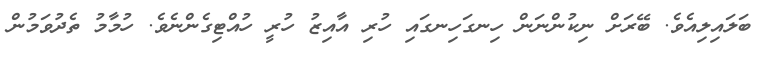
ބަލައިލިއެވެ. ބޭރަށް ނިކުންނަން ހިނގަހިނގައި ހުރި އާއިޒު ހުރީ ހުއްޓިގެންނެވެ. ހުމާމު ތެދުވަމުން